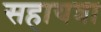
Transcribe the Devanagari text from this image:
सहायत्रा